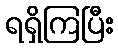
ရရှိကြပြီး